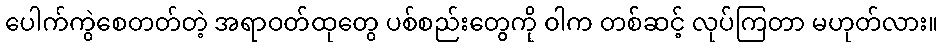
ပေါက်ကွဲစေတတ်တဲ့ အရာဝတ်ထုတွေ ပစ်စည်းတွေကို ဝါက တစ်ဆင့် လုပ်ကြတာ မဟုတ်လား။